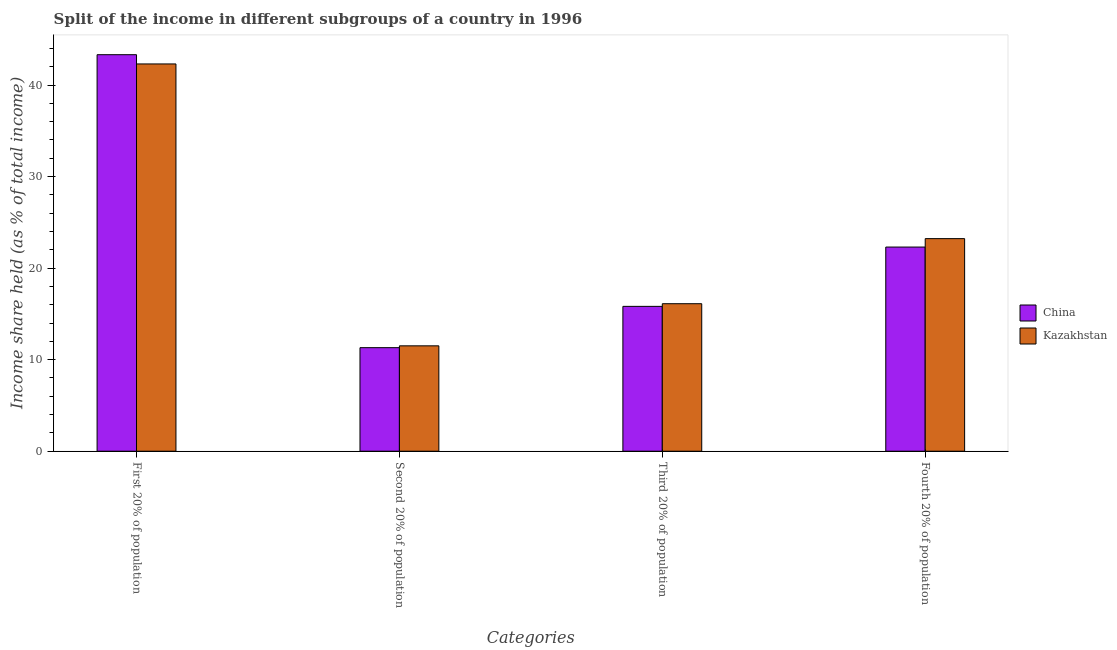
| Categories | China | Kazakhstan |
 | --- | --- | --- |
 | First 20% of population | 43.3 | 42.3 |
 | Second 20% of population | 11.3 | 11.5 |
 | Third 20% of population | 15.8 | 16.1 |
 | Fourth 20% of population | 22.3 | 23.2 |